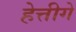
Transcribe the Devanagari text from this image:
हेत्तीगे